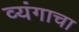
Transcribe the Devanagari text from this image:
व्यंगाचा